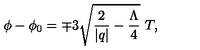
\phi - \phi _ { 0 } = \mp 3 \sqrt { \frac { 2 } { | q | } - \frac { \Lambda } { 4 } } \ T ,